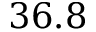
3 6 . 8